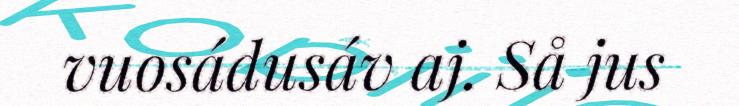
vuosádusáv aj. Så jus